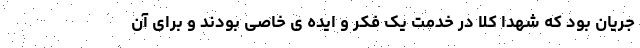
جریان بود که شهدا کلا در خدمت یک فکر و ایده ی خاصی بودند و برای آن